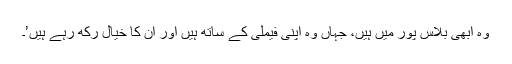
وہ ابھی بلاس پور میں ہیں، جہاں وہ اپنی فیملی کے ساتھ ہیں اور ان کا خیال رکھ رہے ہیں’۔